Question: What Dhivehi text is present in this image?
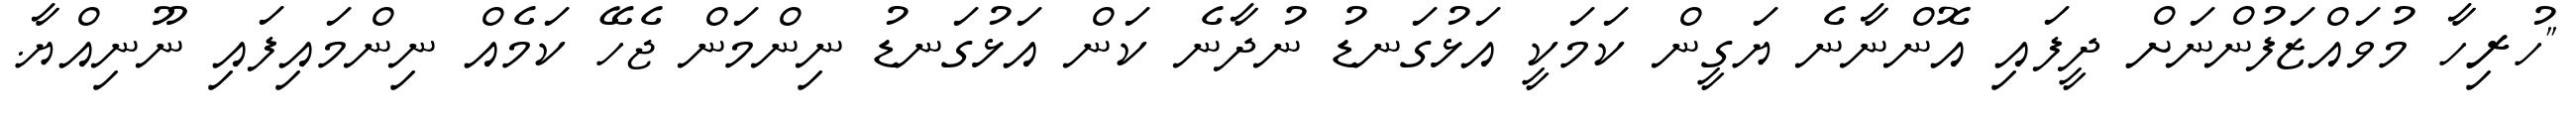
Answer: "ހުރިހާ މުވައްޒަފުންނަށް ދީފައި އޮންނާނެ ޔަގީން ކަމަކީ އަޅުގަނޑު ނުދާނެ ކަން އަޅުގަނޑު ނިންމަން ޖެހޭ ކަމެއް ނިންމައިފައި ނޫނިއްޔާ.